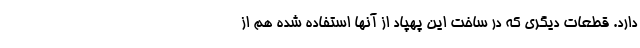
دارد. قطعات دیگری که در ساخت این پهپاد از آنها استفاده شده هم از